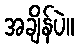
အချိန်ပဲ။